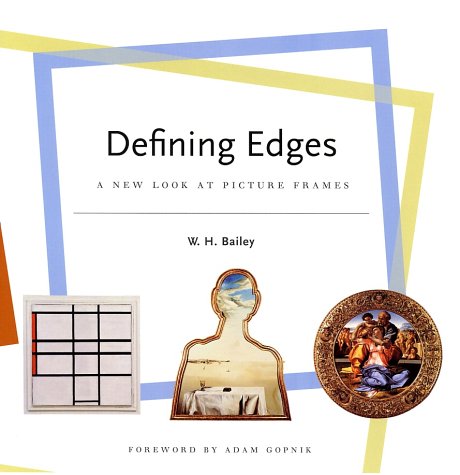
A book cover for Defining Edges: A New Look at Picture Frames; W. H. Bailey; Crafts, Hobbies & Home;